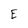
Character: E